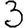
Digit: 3